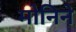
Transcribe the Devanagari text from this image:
मोनिने